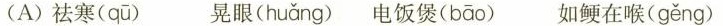
(A)祛寒( qū ) 晃眼( huǎng ) 电饭煲( bāo ) 如鲠在喉( gěng )